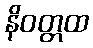
နိဝတ္တထ